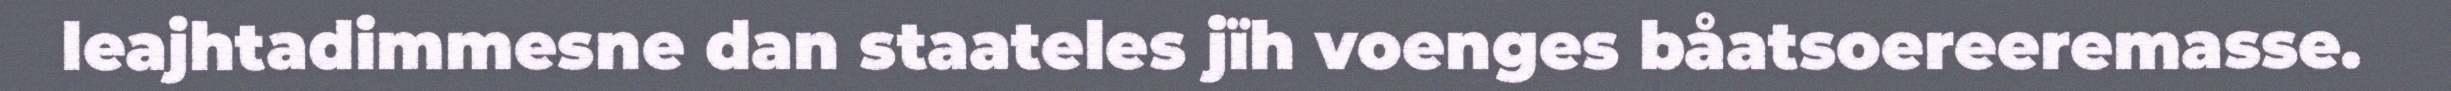
leajhtadimmesne dan staateles jïh voenges båatsoereeremasse.